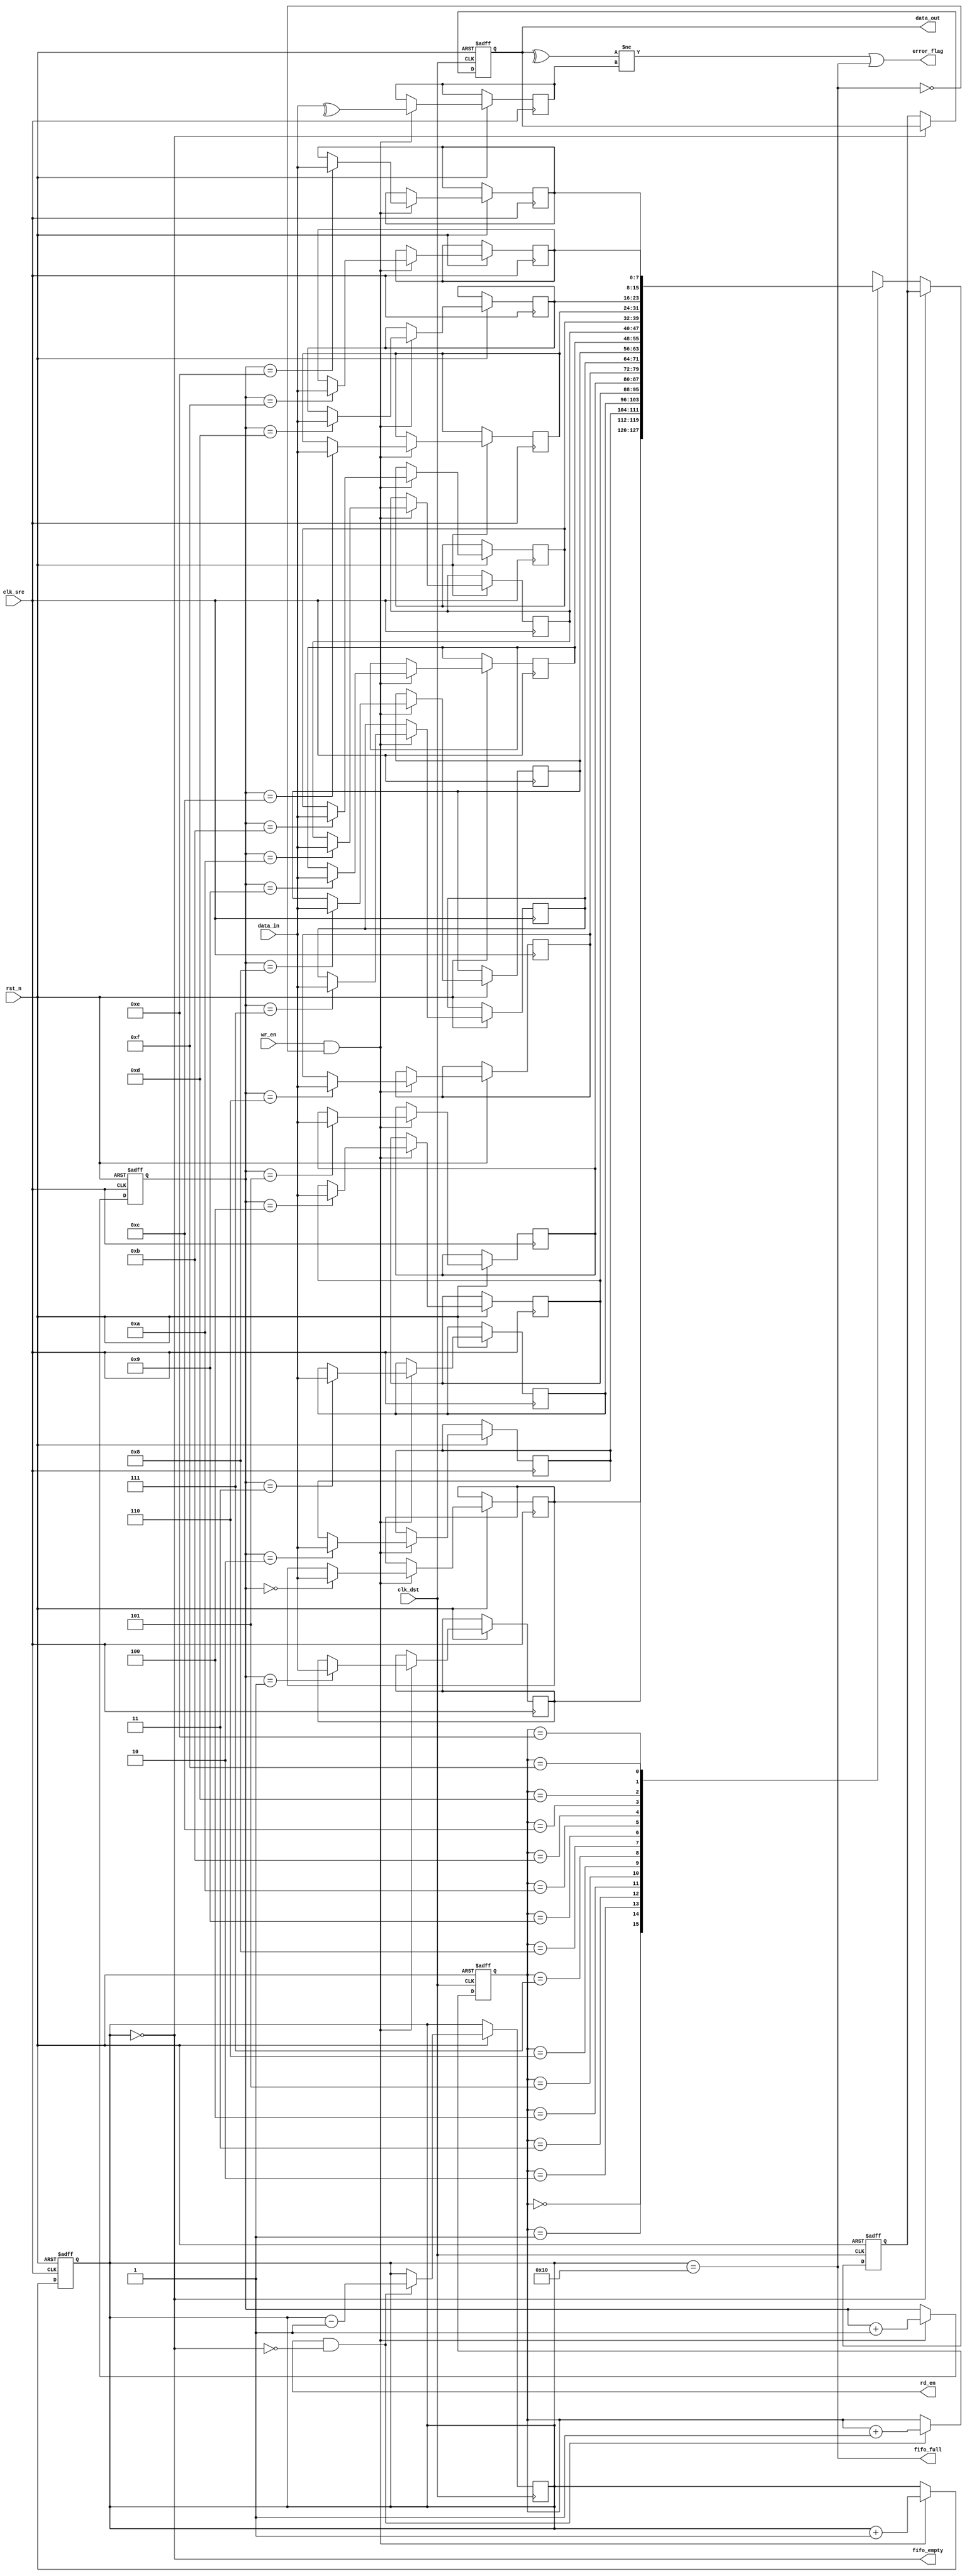
module cdc_fifo #(
    parameter DATA_WIDTH = 8,
    parameter FIFO_DEPTH = 16
)(
    input wire clk_src,                 // Source clock
    input wire clk_dst,                 // Destination clock
    input wire rst_n,                   // Active low reset
    input wire wr_en,                   // Write enable in source domain
    input wire [DATA_WIDTH-1:0] data_in,// Data input
    output wire rd_en,                  // Read enable in destination domain
    output wire [DATA_WIDTH-1:0] data_out,// Data output
    output wire error_flag,             // Error flag for parity check
    output wire fifo_full,              // FIFO full indicator
    output wire fifo_empty              // FIFO empty indicator
);

// FIFO buffer declaration
reg [DATA_WIDTH-1:0] fifo_mem [0:FIFO_DEPTH-1];
reg [3:0] wr_ptr = 0;
reg [3:0] rd_ptr = 0;
reg [4:0] fifo_count = 0; // 5 bits to count up to FIFO_DEPTH
reg parity_bit;

// Write operation
always @(posedge clk_src or negedge rst_n) begin
    if (!rst_n) begin
        wr_ptr <= 0;
        fifo_count <= 0;
    end else if (wr_en && !fifo_full) begin
        fifo_mem[wr_ptr] <= data_in;
        parity_bit <= ^data_in; // Calculate parity on write
        wr_ptr <= wr_ptr + 1;
        fifo_count <= fifo_count + 1;
    end
end

// Read operation
always @(posedge clk_dst or negedge rst_n) begin
    if (!rst_n) begin
        rd_ptr <= 0;
    end else if (rd_en && !fifo_empty) begin
        rd_ptr <= rd_ptr + 1;
        fifo_count <= fifo_count - 1;
    end
end

// FIFO status signals
assign fifo_full = (fifo_count == FIFO_DEPTH);
assign fifo_empty = (fifo_count == 0);

// Synchronizer for data output
reg [DATA_WIDTH-1:0] sync_data_1;
reg [DATA_WIDTH-1:0] sync_data_2;

// Synchronizing the data to the destination clock domain
always @(posedge clk_dst or negedge rst_n) begin
    if (!rst_n) begin
        sync_data_1 <= 0;
        sync_data_2 <= 0;
    end else if (!fifo_empty) begin
        sync_data_1 <= fifo_mem[rd_ptr];
        sync_data_2 <= sync_data_1; // 2-stage synchronization
    end
end

assign data_out = sync_data_2;

// Parity check
wire received_parity;
assign received_parity = ^sync_data_2; // Calculate received parity

// Error detection logic
assign error_flag = (received_parity != parity_bit) || fifo_full; // Error if parity mismatch or FIFO overflow

endmodule